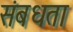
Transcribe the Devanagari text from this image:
संबधता